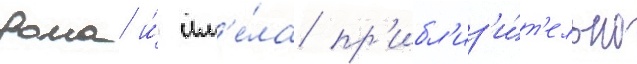
дома и́ им'е́ла пр'ибл'из'и́т'ельно